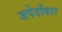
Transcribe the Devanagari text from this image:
जपेदोंकार